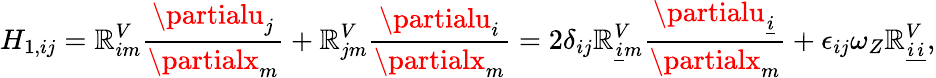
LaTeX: H_{1,ij}=\mathbb{R}_{im}^{V}\frac{{\partialu_{j}}}{{\partialx_{m}}}+\mathbb{R}_{jm}^{V}\frac{{\partialu_{i}}}{{\partialx_{m}}}=2\delta_{ij}\mathbb{R}_{\underline{{{i}}}m}^{V}\frac{{\partialu_{\underline{{{i}}}}}}{{\partialx_{m}}}+\epsilon_{ij}\omega_{Z}\mathbb{R}_{\underline{{{i}}}\underline{{{i}}}}^{V},